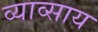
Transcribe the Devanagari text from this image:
व्याव्साय